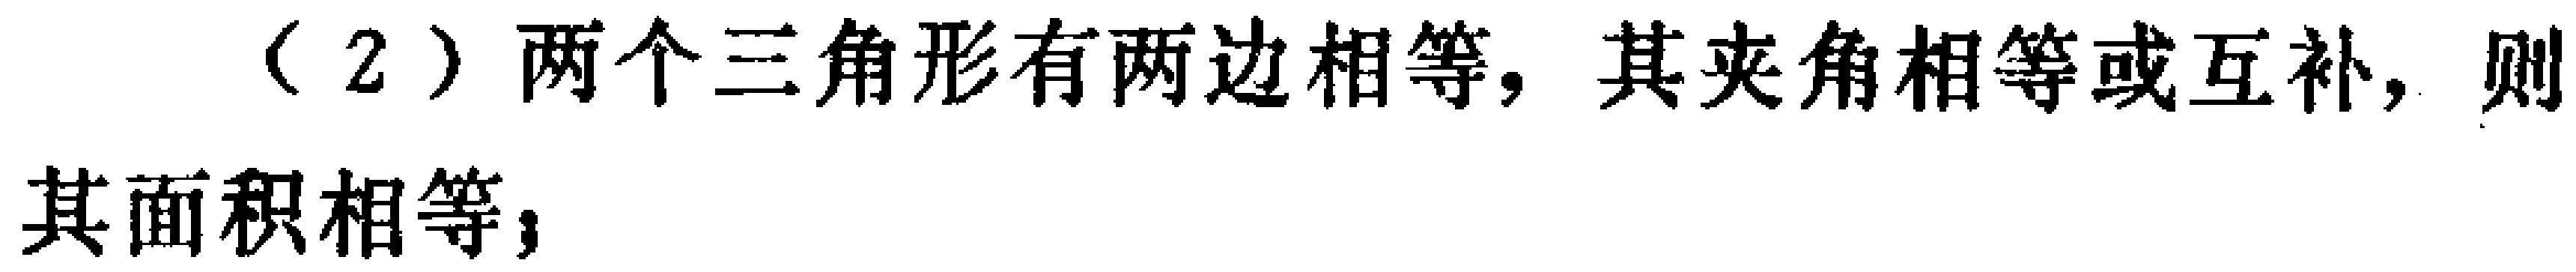
（2）两个三角形有两边相等，其夹角相等或互补，则其面积相等；